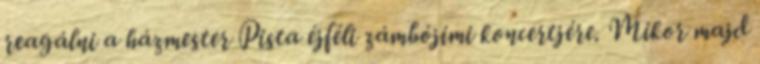
reagálni a házmester Pista éjféli zámbójimi koncertjére. Mikor majd